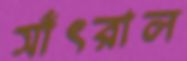
সাঁৎরাল